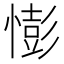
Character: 憉